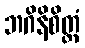
ဘဂိနိစိတ္တံ